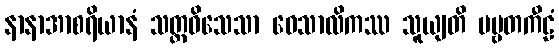
နာနာအာစရိယာနံ သတ္တဝိသေသာ ဝေသာလိကဿ သူယျတိ ပဗ္ဗတကီဠံ